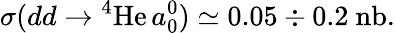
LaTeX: \sigma(dd\rightarrow\mathrm{^4He}\, a_{0}^{0})\simeq 0.05\div 0.2~\mathrm{nb}.